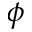
\phi